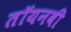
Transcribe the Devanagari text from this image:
तॉयनबी